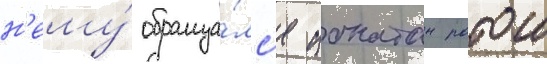
н'ему́ обраща́лс'я ионатан ратош